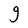
Character: g